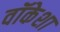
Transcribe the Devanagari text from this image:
वॉकेशा